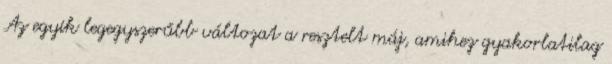
Az egyik legegyszerűbb változat a resztelt máj, amihez gyakorlatilag